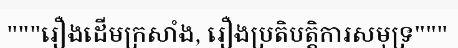
"""រឿងដើមក្រសាំង, រឿងប្រតិបត្តិការសមុទ្រ"""